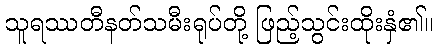
သူရဿတီနတ်သမီးရုပ်တို့ ဖြည့်သွင်းထိုးနှံ၏။